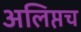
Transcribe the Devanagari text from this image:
अलिप्तच